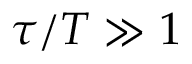
\tau / T \gg 1